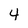
Character: 4